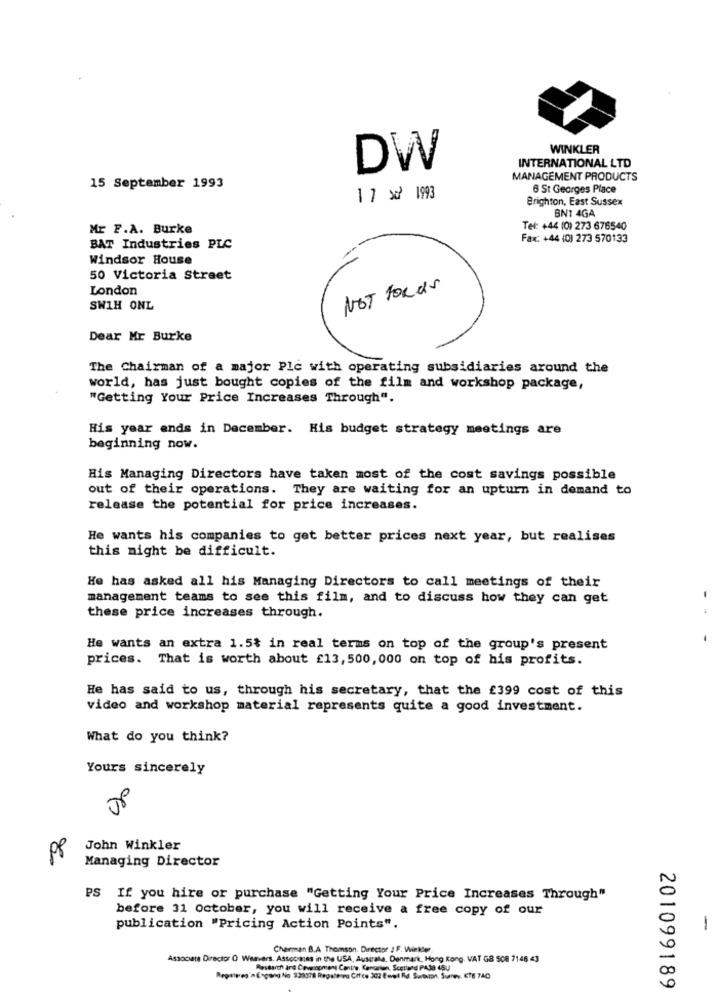
WINKLER
INTERNATIONAL LTD
DW
MANAGEMENT PRODUCTS
15 September 1993
6 St Georges Place
1 7 x 1993
Brighton, East Sussex
BN7 4GA
Mr F.A. Burke
Tel: +44 (0) 273 676540
Fax: +44 (0) 273 570133
BAT Industries PLC
Windsor House
50 Victoria Street
London
NOT FORUS
SWIH ONL
Dear Mr Burke
The Chairman of a major Ple with operating subsidiaries around the
world, has just bought copies of the film and workshop package,
"Getting Your Price Increases Through".
His year ends in December. His budget strategy meetings are
beginning now.
His Managing Directors have taken most of the cost savings possible
out of their operations. They are waiting for an upturn in demand to
release the potential for price increases.
He wants his companies to get better prices next year, but realises
this might be difficult.
He has asked all his Managing Directors to call meetings of their
management teams to see this film, and to discuss how they can get
these price increases through.
He wants an extra 1.5% in real terms on top of the group's present
prices. That is worth about £13, 500, 000 on top of his profits.
He has said to us, through his secretary, that the £399 cost of this
video and workshop material represents quite a good investment.
What do you think?
Yours sincerely
John Winkler
pp
Managing Director
PS If you hire or purchase "Getting Your Price Increases Through"
before 31 October, you will receive a free copy of our
publication "Pricing Action Points".
-
Cherman B.A Thomson. Director / F. Wieker
Assocure Director O Weavers, Assoomes in the USA, Ausrala, Danmark, Hong Kong. VAT GB 508 7146 43
Research and Coveropment Contre. Concelan, Scotland PAJa 45U
RegainesinEngang No 333378 Regale Pa Cifce 202 Ewet Rd Sutton. Surrey, KTE 740
201099189